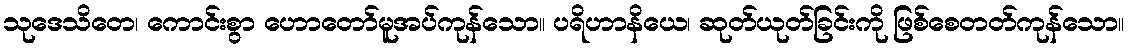
သုဒေသိတေ၊ ကောင်းစွာ ဟောတော်မူအပ်ကုန်သော။ ပရိဟာနိယေ၊ ဆုတ်ယုတ်ခြင်းကို ဖြစ်စေတတ်ကုန်သော။